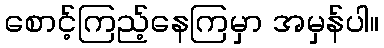
စောင့်ကြည့်နေကြမှာ အမှန်ပါ။